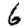
Digit: 6